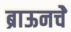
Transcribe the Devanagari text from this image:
ब्राऊनचेेे